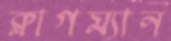
ক্লাগম্যান